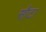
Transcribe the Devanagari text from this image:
सौटा